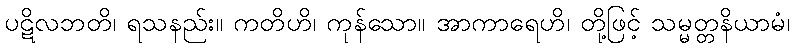
ပဋိလဘတိ၊ ရသနည်း။ ကတိဟိ၊ ကုန်သော။ အာကာရေဟိ၊ တို့ဖြင့် သမ္မတ္တနိယာမံ၊